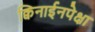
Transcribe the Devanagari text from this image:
क्विनाईनपेक्षा